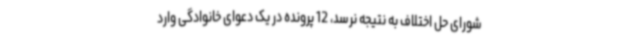
شورای حل اختلاف به نتیجه نرسد، 12 پرونده در یک دعوای خانوادگی وارد